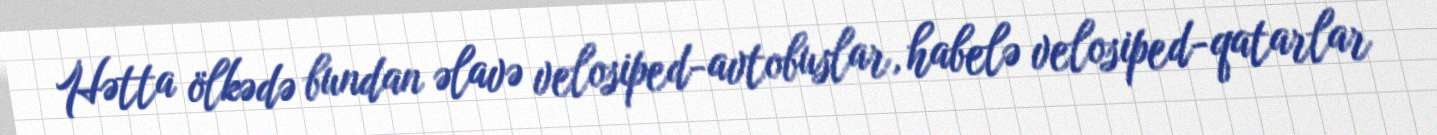
Hətta ölkədə bundan əlavə velosiped-avtobuslar, habelə velosiped-qatarlar